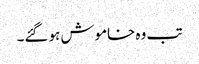
تب وہ خاموش ہو گئے۔